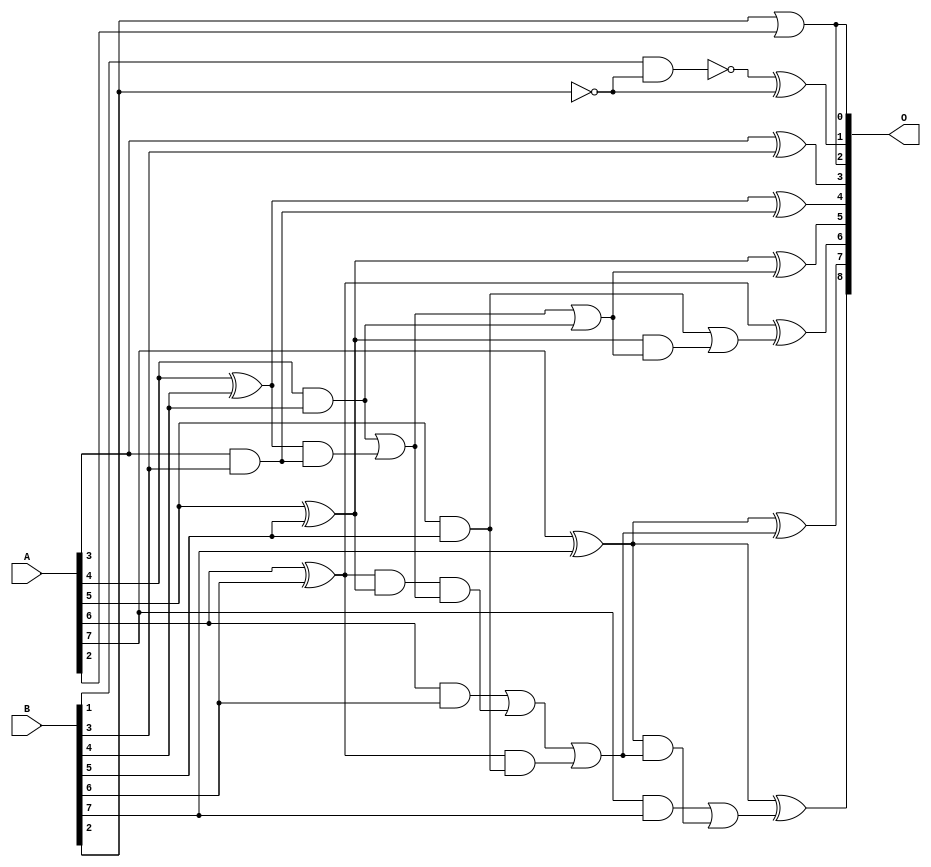
// This program was cloned from: https://github.com/ehw-fit/evoapproxlib
// License: MIT License

/***
* This code is a part of EvoApproxLib library (ehw.fit.vutbr.cz/approxlib) distributed under The MIT License.
* When used, please cite the following article(s): V. Mrazek, L. Sekanina, Z. Vasicek "Libraries of Approximate Circuits: Automated Design and Application in CNN Accelerators" IEEE Journal on Emerging and Selected Topics in Circuits and Systems, Vol 10, No 4, 2020 
* This file contains a circuit from a sub-set of pareto optimal circuits with respect to the pwr and mae parameters
***/
// MAE% = 0.82 %
// MAE = 2.1 
// WCE% = 2.73 %
// WCE = 7.0 
// WCRE% = 350.00 %
// EP% = 84.38 %
// MRE% = 8.19 %
// MSE = 7.2 
// PDK45_PWR = 0.021 mW
// PDK45_AREA = 52.6 um2
// PDK45_DELAY = 0.39 ns

module add8se_7J7 (
    A,
    B,
    O
);

input [7:0] A;
input [7:0] B;
output [8:0] O;

wire sig_16,sig_19,sig_22,sig_23,sig_24,sig_25,sig_26,sig_27,sig_28,sig_29,sig_30,sig_32,sig_36,sig_38,sig_39,sig_40,sig_44,sig_46,sig_48,sig_50;
wire sig_52,sig_55,sig_56,sig_57,sig_58,sig_59,sig_62,sig_63,sig_64,sig_65,sig_66;

assign sig_16 = ~B[2];
assign sig_19 = ~(B[1] & sig_16);
assign sig_22 = A[3] & B[3];
assign sig_23 = A[3] ^ B[3];
assign sig_24 = A[4] & B[4];
assign sig_25 = A[4] ^ B[4];
assign sig_26 = A[5] & B[5];
assign sig_27 = A[5] ^ B[5];
assign sig_28 = A[6] & B[6];
assign sig_29 = A[6] ^ B[6];
assign sig_30 = A[7] & B[7];
assign sig_32 = A[7] ^ B[7];
assign sig_36 = sig_25 & sig_22;
assign sig_38 = sig_24 | sig_36;
assign sig_39 = sig_29 & sig_26;
assign sig_40 = sig_29 & sig_27;
assign sig_44 = sig_40 & sig_38;
assign sig_46 = sig_28 | sig_44;
assign sig_48 = sig_46 | sig_39;
assign sig_50 = sig_38 | sig_24;
assign sig_52 = B[2] | A[2];
assign sig_55 = sig_27 & sig_50;
assign sig_56 = sig_26 | sig_55;
assign sig_57 = sig_32 & sig_48;
assign sig_58 = sig_30 | sig_57;
assign sig_59 = sig_19 ^ sig_16;
assign sig_62 = sig_25 ^ sig_22;
assign sig_63 = sig_27 ^ sig_50;
assign sig_64 = sig_29 ^ sig_56;
assign sig_65 = sig_32 ^ sig_48;
assign sig_66 = sig_32 ^ sig_58;

assign O[8] = sig_66;
assign O[7] = sig_65;
assign O[6] = sig_64;
assign O[5] = sig_63;
assign O[4] = sig_62;
assign O[3] = sig_23;
assign O[2] = sig_52;
assign O[1] = sig_59;
assign O[0] = sig_52;

endmodule